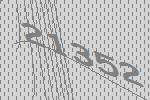
21352